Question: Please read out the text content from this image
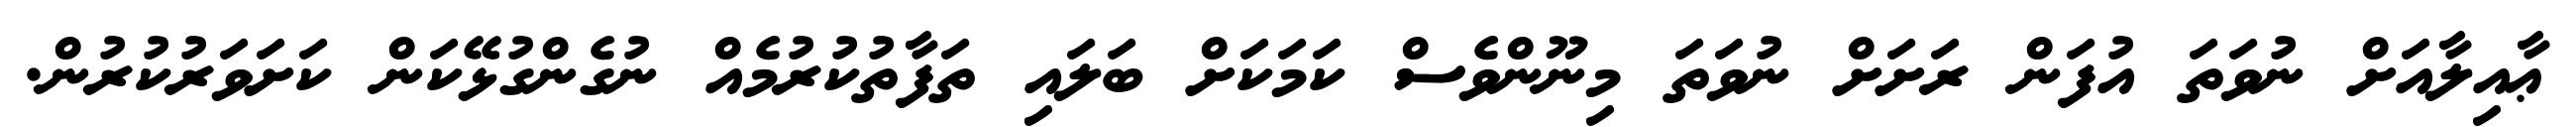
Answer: ޢާއިލާއަށް ނުވަތަ އުފަން ރަށަށް ނުވަތަ މިނޫންވެސް ކަމަކަށް ބަލައި ތަފާތުކުރުމެއް ނުގެންގުޅޭކަން ކަށަވަރުކުރުން.